Malaria in the Punjab - Number 46
Disease focus: Malaria
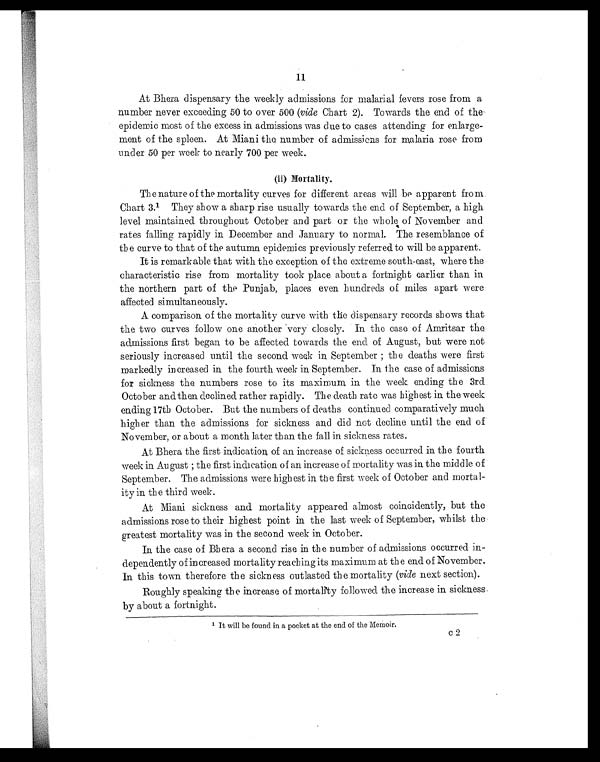
11
At Bhera dispensary the weekly admissions for malarial fevers rose from a
number never exceeding 50 to over 500 ( vide Chart 2). Towards the end of the
epidemic most of the excess in admissions was due to cases attending for enlarge-
ment of the spleen. At Miani the number of admissions for malaria rose from
under 50 per week to nearly 700 per week.
The nature of the mortality curves for different areas will be apparent from
Chart 3. 1 They show a sharp rise usually towards the end of September, a high
level maintained throughout October and part or the whole of November and
rates falling rapidly in December and January to normal. The resemblance of
the curve to that of the autumn epidemics previously referred to will be apparent.
It is remarkable that with the exception of the extreme south-east, where the
characteristic rise from mortality took place about a fortnight earlier than in
the northern part of the Punjab, places even hundreds of miles apart were
affected simultaneously.
A comparison of the mortality curve with the dispensary records shows that
the two curves follow one another very closely. In the case of Amritsar the
admissions first began to be affected towards the end of August, but were not
seriously increased until the second week in September; the deaths were first
markedly increased in the fourth week in September. In the case of admissions
for sickness the numbers rose to its maximum in the week ending the 3rd
October and then declined rather rapidly. The death rate was highest in the week
ending 17th October. But the numbers of deaths continued comparatively much
higher than the admissions for sickness and did not decline until the end of
November, or about a month later than the fall in sickness rates.
At Bhera the first indication of an increase of sickness occurred in the fourth
week in August; the first indication of an increase of mortality was in the middle of
September. The admissions were highest in the first week of October and mortal
ity in the third week.
At Miani sickness and mortality appeared almost coincidently, but the
admissions rose to their highest point in the last week of September, whilst the
greatest mortality was in the second week in October.
In the case of Bhera a second rise in the number of admissions occurred in-
dependently of in creased mortality reaching its maximum at the end of November.
In this town therefore the sickness outlasted the mortality ( vide next section).
Roughly speaking the increase of mortality followed the increase in sickness
by about a fortnight.
1
I t w i l l b e f o u n d i n a p o c k e t a t t h e e n d o f t h e M e m o i r .